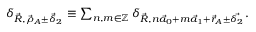
\begin{array} { r } { \delta _ { \vec { R } , \vec { \rho } _ { A } \pm \vec { \delta } _ { 2 } } \equiv \sum _ { n , m \in \mathbb { Z } } \delta _ { \vec { R } , n \vec { a } _ { 0 } + m \vec { a } _ { 1 } + \vec { r } _ { A } \pm \vec { \delta _ { 2 } } } . } \end{array}